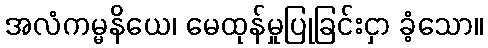
အလံကမ္မနိယေ၊ မေထုန်မှုပြုခြင်းငှာ ခံ့သော။